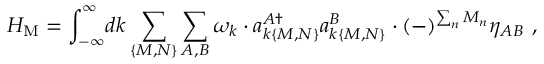
H _ { \mathrm { M } } = \int _ { - \infty } ^ { \infty } \! d k \sum _ { \{ M , N \} } \sum _ { A , B } \omega _ { k } \cdot a _ { k \{ M , N \} } ^ { A \dagger } a _ { k \{ M , N \} } ^ { B } \cdot ( - ) ^ { \sum _ { n } M _ { n } } \eta _ { A B } \ ,